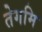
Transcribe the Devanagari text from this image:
तेगमि